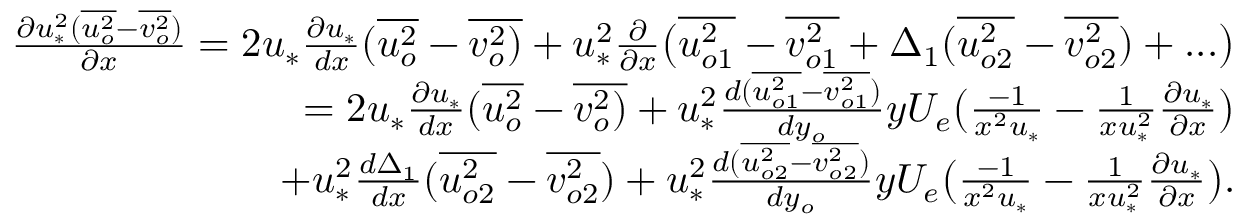
\begin{array} { r } { \frac { \partial u _ { * } ^ { 2 } ( \overline { { u _ { o } ^ { 2 } } } - \overline { { v _ { o } ^ { 2 } } } ) } { \partial x } = 2 u _ { * } \frac { \partial u _ { * } } { d x } ( \overline { { u _ { o } ^ { 2 } } } - \overline { { v _ { o } ^ { 2 } ) } } + u _ { * } ^ { 2 } \frac { \partial } { \partial x } \big ( \overline { { u _ { o 1 } ^ { 2 } } } - \overline { { v _ { o 1 } ^ { 2 } } } + \Delta _ { 1 } ( \overline { { u _ { o 2 } ^ { 2 } } } - \overline { { v _ { o 2 } ^ { 2 } } } ) + . . . \big ) } \\ { = 2 u _ { * } \frac { \partial u _ { * } } { d x } ( \overline { { u _ { o } ^ { 2 } } } - \overline { { v _ { o } ^ { 2 } ) } } + u _ { * } ^ { 2 } \frac { d ( \overline { { u _ { o 1 } ^ { 2 } } } - \overline { { v _ { o 1 } ^ { 2 } } } ) } { d y _ { o } } y U _ { e } \big ( \frac { - 1 } { x ^ { 2 } u _ { * } } - { \frac { 1 } { x u _ { * } ^ { 2 } } \frac { \partial u _ { * } } { \partial x } } \big ) } \\ { + u _ { * } ^ { 2 } \frac { d \Delta _ { 1 } } { d x } ( \overline { { u _ { o 2 } ^ { 2 } } } - \overline { { v _ { o 2 } ^ { 2 } } } ) + u _ { * } ^ { 2 } \frac { d ( \overline { { u _ { o 2 } ^ { 2 } } } - \overline { { v _ { o 2 } ^ { 2 } } } ) } { d y _ { o } } y U _ { e } \big ( \frac { - 1 } { x ^ { 2 } u _ { * } } - { \frac { 1 } { x u _ { * } ^ { 2 } } \frac { \partial u _ { * } } { \partial x } } \big ) . } \end{array}